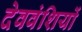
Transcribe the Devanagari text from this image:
देववंशियों